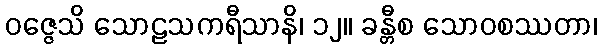
ဝဇ္ဇေသိ သောဠသကရီသာနိ၊ ၁၂။ ခန္တီစ သောဝစဿတာ၊